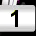
Digit: 1